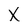
Character: X